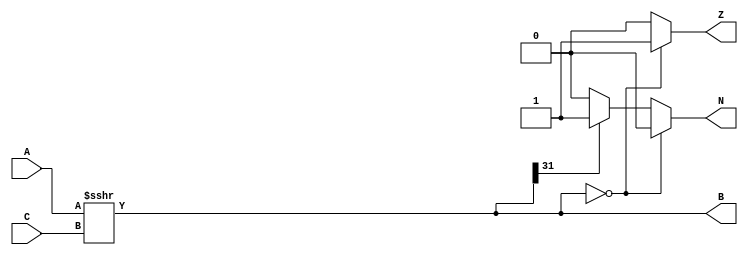
`timescale 1ns / 1ps
//////////////////////////////////////////////////////////////////////////////////
// Company: 
// Engineer: 
// 
// Design Name: 
// Module Name: Right_Shift
// Project Name: 
// Target Devices: 
// Tool Versions: 
// Description: 
// 
// Dependencies: 
// 
// Revision:
// Revision 0.01 - File Created
// Additional Comments:
// 
//////////////////////////////////////////////////////////////////////////////////


`timescale 1ns / 1ps
//////////////////////////////////////////////////////////////////////////////////
// Company: 
// Engineer: 
// 
// Design Name: 
// Module Name: Left_Shift
// Project Name: 
// Target Devices: 
// Tool Versions: 
// Description: 
// 
// Dependencies: 
// 
// Revision:
// Revision 0.01 - File Created
// Additional Comments:
// 
//////////////////////////////////////////////////////////////////////////////////


module Arethmatic_Right_Shift(input [31:0] A,C, output reg [31:0] B , output reg  Z ,N );

always@(A or C)
begin
 B = A>>>C;
    if (B == 32'h00000000)
        begin
          Z = 1;
          N = 0;
        end
      else
        begin
          Z = 0;
          if (B[31] == 1'b0)
            N = 0;
          else
            N = 1;
        end
end
endmodule